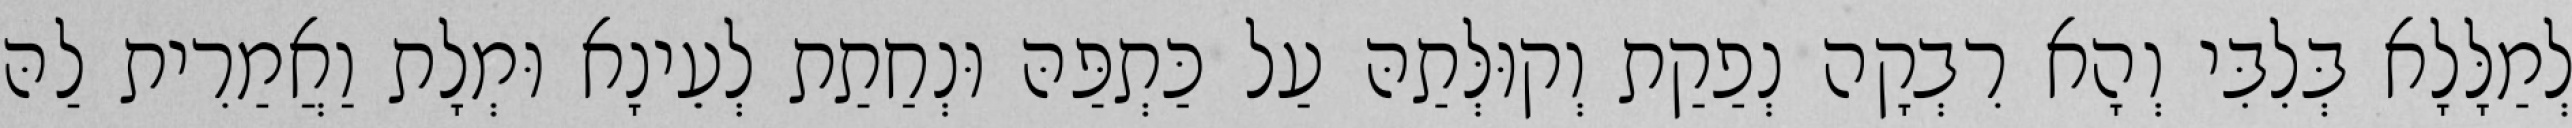
לְמַלָּלָא בְּלִבִּי וְהָא רִבְקָה נְפַקַת וְקוּלְּתַהּ עַל כַּתְפַּהּ וּנְחַתַת לְעֵינָא וּמְלָת וַאֲמַרִית לַהּ